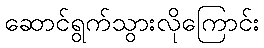
ဆောင်ရွက်သွားလိုကြောင်း